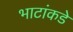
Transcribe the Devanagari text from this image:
भाटांकडे